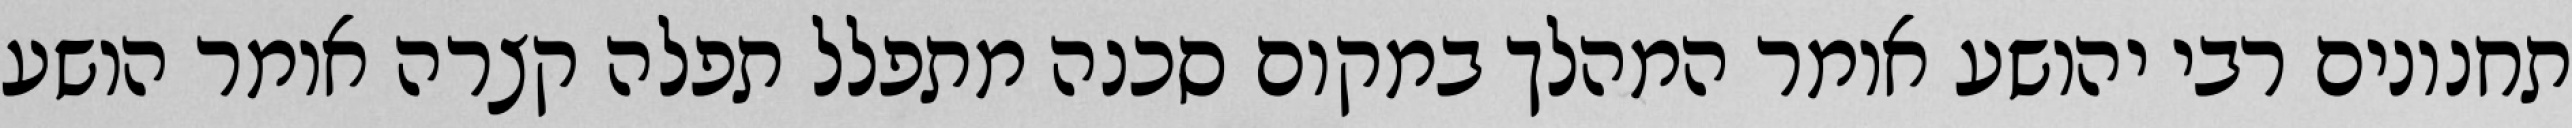
תחנונים רבי יהושע אומר המהלך במקום סכנה מתפלל תפלה קצרה אומר הושע